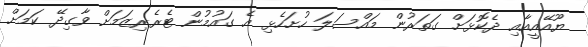
ޔޫއޭއީއާއި ދެކޮޅަށް ގަތަރުން މައްސަލަ ހުށަހެޅި އެ ގައުމުން ޓެރެރިޒަމަށް ވާގިދޭ ކަމަށް